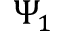
\Psi _ { 1 }